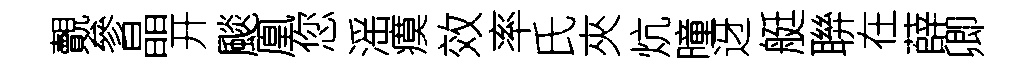
覿參晶开颷凰您滛瘼效率氏夾炕曈迓艇聨在薛卿